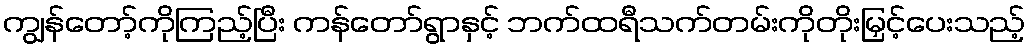
ကျွန်တော့်ကိုကြည့်ပြီး ကန်တော်ရွာနှင့် ဘက်ထရီသက်တမ်းကိုတိုးမြှင့်ပေးသည့်